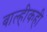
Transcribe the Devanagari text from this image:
बाल्हीकही